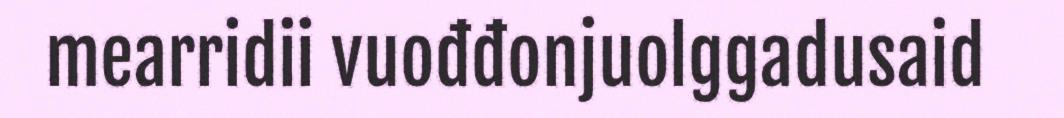
mearridii vuođđonjuolggadusaid